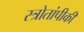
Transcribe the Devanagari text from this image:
स्त्रोतांपीकी